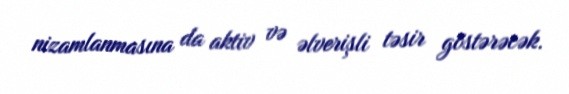
nizamlanmasına da aktiv və əlverişli təsir göstərəcək.